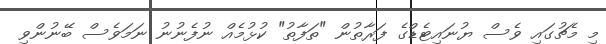
މި މެޗުގައި ވެސް ޔުނައިޓެޑްގެ ފަރާތުން "ތަފާތު" ކުޅުމެއް ނުފެނުނު ނަމަވެސް ބޭނުންވި